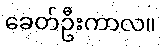
ခေတ်ဦးကာလ။